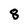
Character: 8